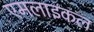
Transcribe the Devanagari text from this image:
एमलाइकल